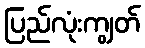
ပြည်လုံးကျွတ်